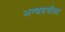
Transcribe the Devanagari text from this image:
भग्वदगीता